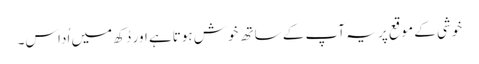
خوشی کے موقع پر یہ آپ کے ساتھ خوش ہوتاہے اور دُکھ میں اُداس۔